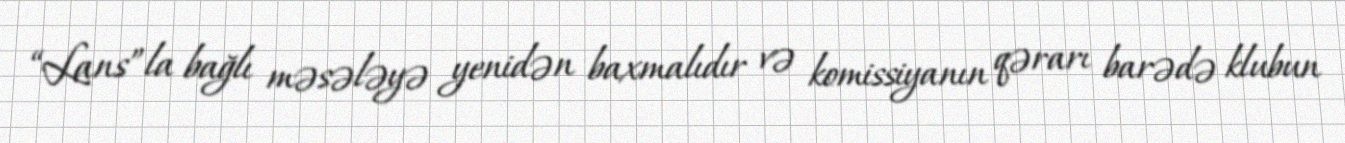
“Lans”la bağlı məsələyə yenidən baxmalıdır və komissiyanın qərarı barədə klubun